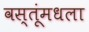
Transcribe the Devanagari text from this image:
वस्तूंमधला